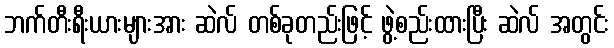
ဘက်တီးရီးယားများအား ဆဲလ် တစ်ခုတည်းဖြင့် ဖွဲ့စည်းထားပြီး ဆဲလ် အတွင်း